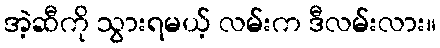
အဲ့ဆီကို သွားရမယ့် လမ်းက ဒီလမ်းလား။